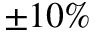
\pm 1 0 \%